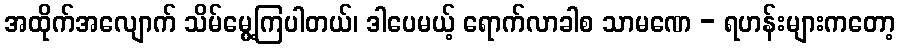
အထိုက်အလျောက် သိမ်မွေ့ကြပါတယ်၊ ဒါပေမယ့် ရောက်လာခါစ သာမဏေ - ရဟန်းများကတော့